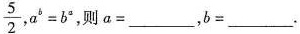
\frac{5}{2},$$a^{b}=b^{a}$$, 则$$a=___$$,$$b=___$$.